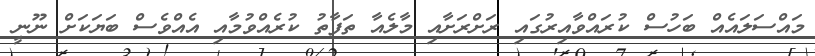
މައްސަލައެއް ބަހުސް ކުރައްވާއިރުގައި ރަށްރަށާއި މާލެއާ ތަފާތު ކުރެއްވުމާއި އެއްވެސް ބަޔަކަށް ނޫނީ